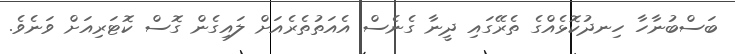
ބަސްބުނާހާ ހިނދުކޮޅެއްގެ ތެރޭގައި ދީނާ ގެނެސް އެއަތުތެރެއަށް ލައިގެން ގޮސް ކޮޓަރިއަށް ވަނެވެ.